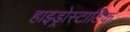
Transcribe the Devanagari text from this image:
हाइड्रोस्टाटिक